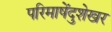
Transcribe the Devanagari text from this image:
परिमाषेंदुशेखर